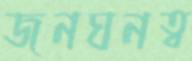
জনঘনত্ব